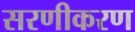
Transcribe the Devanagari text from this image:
सरणीकरण